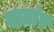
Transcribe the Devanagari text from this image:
खतांत